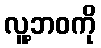
လူ့ဘဝကို